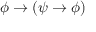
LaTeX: \phi \to \left( \psi \to \phi \right)